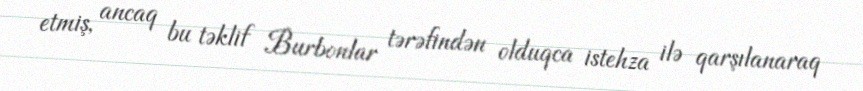
etmiş, ancaq bu təklif Burbonlar tərəfindən olduqca istehza ilə qarşılanaraq